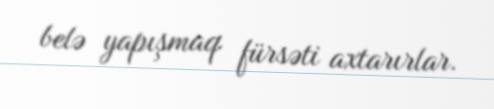
belə yapışmaq fürsəti axtarırlar.